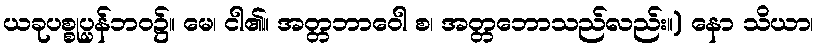
ယခုပစ္စုပ္ပန်ဘဝ၌။ မေ၊ ငါ၏။ အတ္တဘာဝေါ စ၊ အတ္တဘောသည်လည်း။) နော သိယာ၊